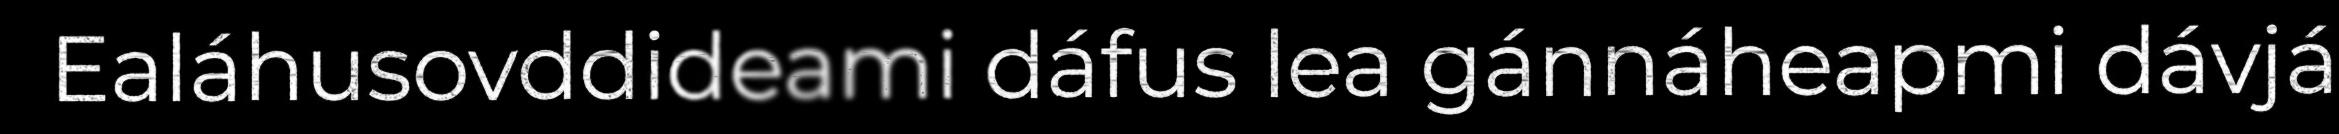
Ealáhusovddideami dáfus lea gánnáheapmi dávjá